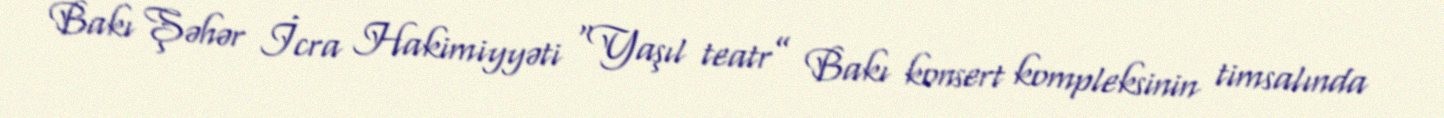
Bakı Şəhər İcra Hakimiyyəti “Yaşıl teatr” Bakı konsert kompleksinin timsalında